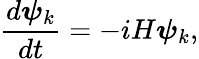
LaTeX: \frac{d\boldsymbol{\psi}_{k}}{dt}=-iH\boldsymbol{\psi}_{k},